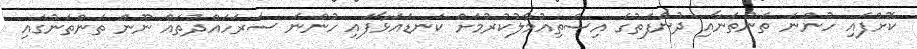
ކޮށްފައި ހުންނަ ތަންތަނާއި ދުންފަތުގެ އިސްތިއުމާލުކުރުމަށް ކަނޑައަޅާފައި ހުންނަ ސަރަހައްދުތައް ނޫން ތަންތަނުގައި